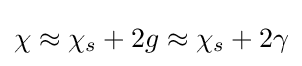
\chi \approx \chi _{s}+2g\approx \chi _{s}+2\gamma